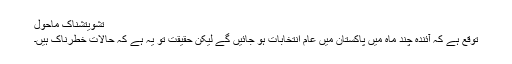
تشویتشناک ماحول
توقع ہے کہ آئندہ چند ماہ میں پاکستان میں عام انتخابات ہو جائیں گے لیکن حقیقت تو یہ ہے کہ حالات خطرناک ہیں۔